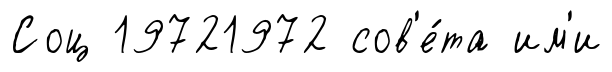
Соц 19721972 сов'е́та им'и